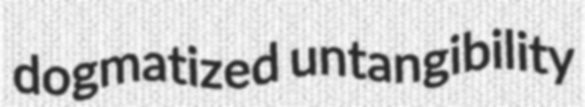
dogmatized untangibility